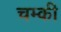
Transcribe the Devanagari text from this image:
चम्की